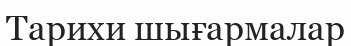
Тарихи шығармалар